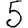
Digit: 5